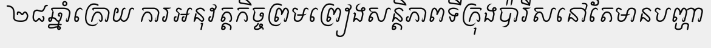
២៨ឆ្នាំក្រោយ ការអនុវត្តកិច្ចព្រមព្រៀងសន្តិភាពទីក្រុងប៉ារីសនៅតែមានបញ្ហា